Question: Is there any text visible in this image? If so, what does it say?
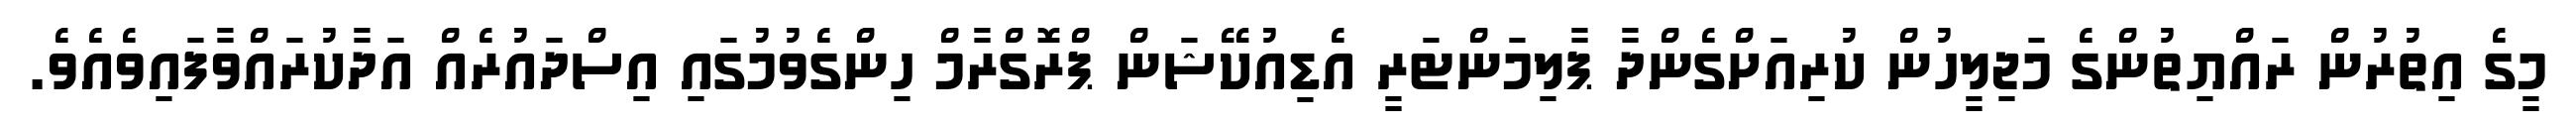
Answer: މީގެ އިތުރުން ރައްޔިތުންގެ މަޖިލީހުން ކުރިއަށްގެންދާ ޕާލިމަންޓަރީ އެޑިއުކޭޝަން ޕްރޮގްރާމް ހިންގެވުމުގައި އިސްދައުރެއް އަދާކުރައްވާފައިވެއެވެ.